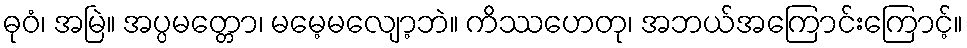
ဓုဝံ၊ အမြဲ။ အပ္ပမတ္တော၊ မမေ့မလျော့ဘဲ။ ကိဿဟေတု၊ အဘယ်အကြောင်းကြောင့်။